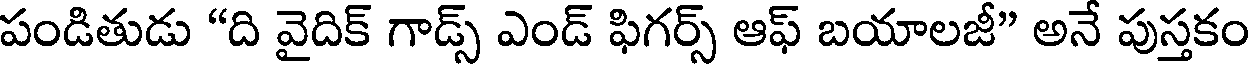
పండితుడు "ది వైదిక్ గాడ్స్ ఎండ్ ఫిగర్స్ ఆఫ్ బయాలజీ" అనే పుస్తకం